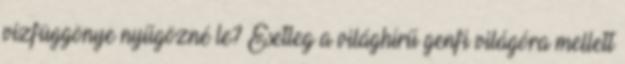
vízfüggönye nyűgözné le? Esetleg a világhírű genfi világóra mellett